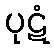
ပုဋံ